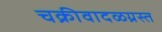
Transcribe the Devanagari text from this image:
चक्रीवादळग्रस्त